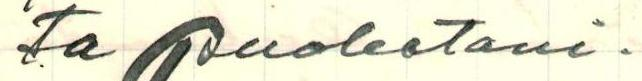
ta puolestani.